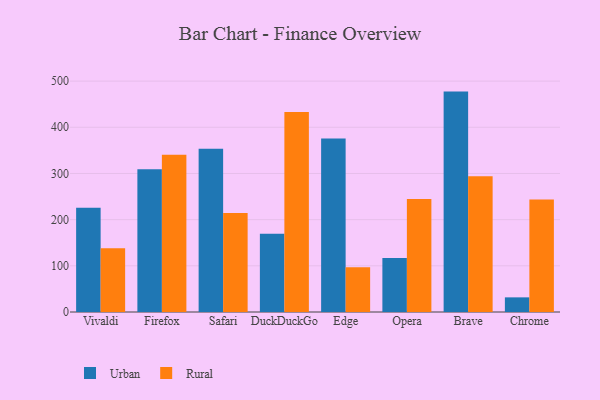
{"axis": {"x": "Browser", "y": "Active Users"}, "legend": ["Rural", "Urban"], "data": [{"x": "Vivaldi", "y": 225.8, "type": "Urban"}, {"x": "Vivaldi", "y": 138.3, "type": "Rural"}, {"x": "Firefox", "y": 309.2, "type": "Urban"}, {"x": "Firefox", "y": 340.4, "type": "Rural"}, {"x": "Safari", "y": 353.5, "type": "Urban"}, {"x": "Safari", "y": 214.2, "type": "Rural"}, {"x": "DuckDuckGo", "y": 169.6, "type": "Urban"}, {"x": "DuckDuckGo", "y": 433.2, "type": "Rural"}, {"x": "Edge", "y": 376.0, "type": "Urban"}, {"x": "Edge", "y": 96.7, "type": "Rural"}, {"x": "Opera", "y": 117.0, "type": "Urban"}, {"x": "Opera", "y": 244.8, "type": "Rural"}, {"x": "Brave", "y": 477.3, "type": "Urban"}, {"x": "Brave", "y": 294.0, "type": "Rural"}, {"x": "Chrome", "y": 31.7, "type": "Urban"}, {"x": "Chrome", "y": 243.9, "type": "Rural"}]}